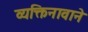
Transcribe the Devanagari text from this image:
व्यक्तिनावाने